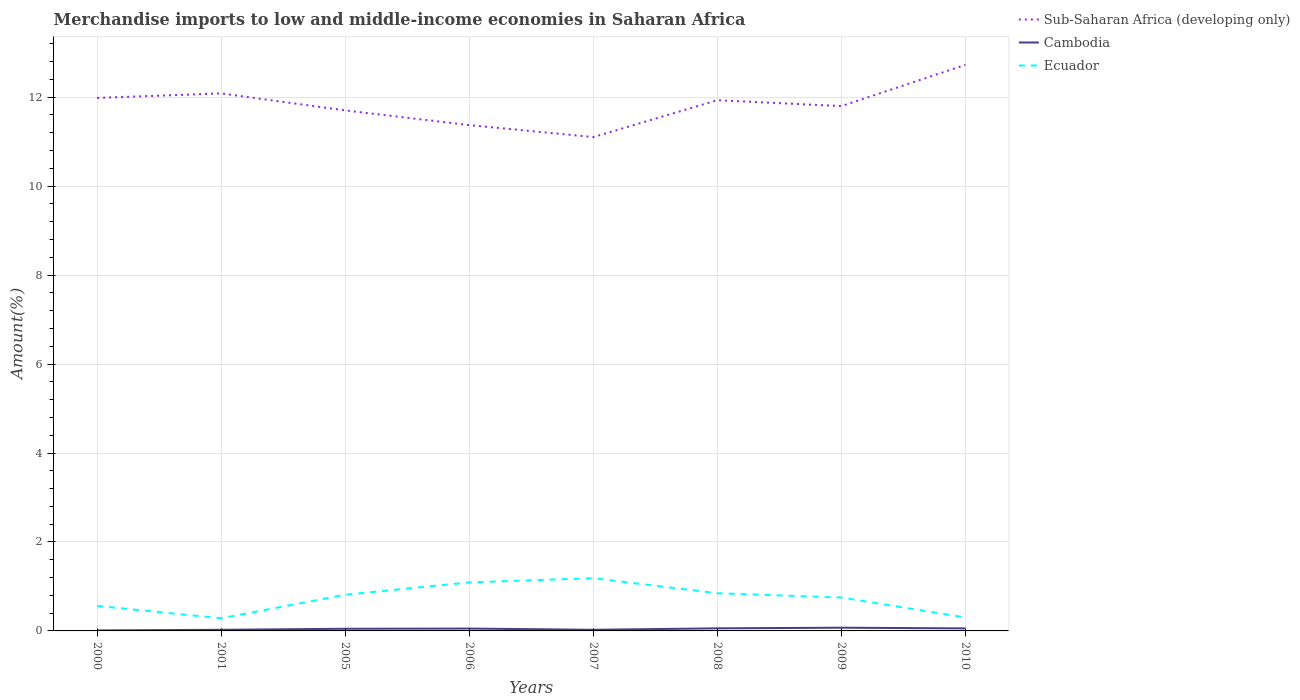
| Years | Sub-Saharan Africa (developing only) | Cambodia | Ecuador |
 | --- | --- | --- | --- |
 | 2000 | 12 | 0.0113 | 0.563 |
 | 2001 | 12.1 | 0.0254 | 0.284 |
 | 2005 | 11.7 | 0.0483 | 0.814 |
 | 2006 | 11.4 | 0.0532 | 1.09 |
 | 2007 | 11.1 | 0.0257 | 1.19 |
 | 2008 | 11.9 | 0.058 | 0.847 |
 | 2009 | 11.8 | 0.0725 | 0.75 |
 | 2010 | 12.7 | 0.057 | 0.303 |